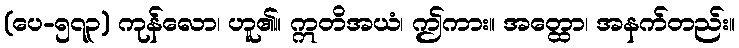
(ပေ-၅၇၃) ကုန်လော၊ ဟူ၏။ ဣတိအယံ၊ ဤကား။ အတ္ထော၊ အနက်တည်း။